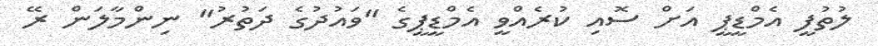
ލުތުފީ އެމްޑީޕީ އަށް ސޮއި ކުރެއްވީ އެމްޑީޕީގެ "ވައުދުގެ ދަތުރު" ނިންމާލަން ރޭ